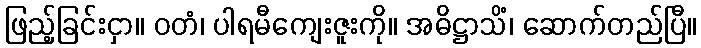
ဖြည့်ခြင်းငှာ။ ဝတံ၊ ပါရမီကျေးဇူးကို။ အဓိဋ္ဌာသိံ၊ ဆောက်တည်ပြီ။